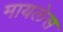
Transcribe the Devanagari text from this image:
मायलेस